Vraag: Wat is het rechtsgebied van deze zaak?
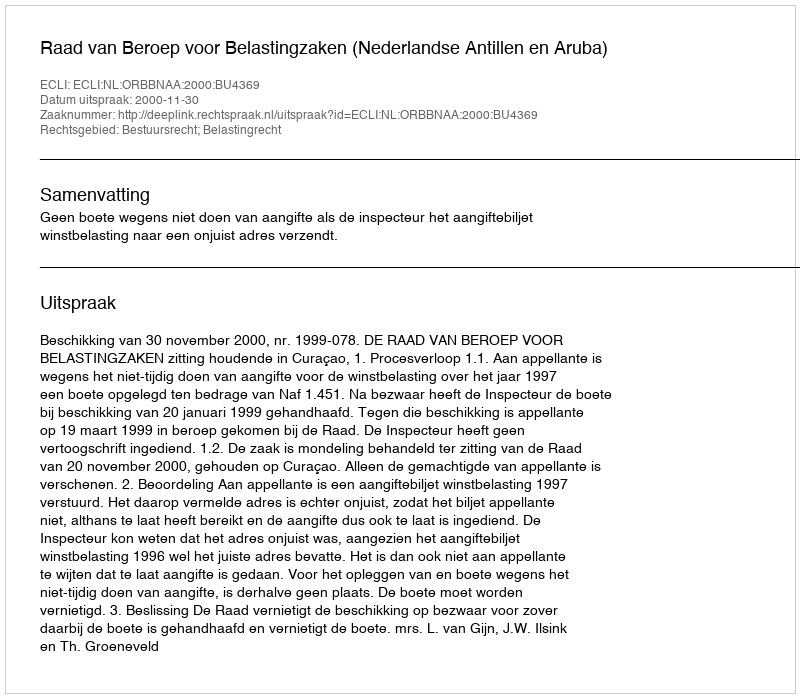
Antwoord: Bestuursrecht; Belastingrecht